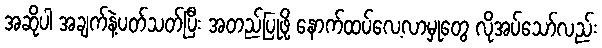
အဆိုပါ အချက်နဲ့ပတ်သတ်ပြီး အတည်ပြုဖို့ နောက်ထပ်လေ့လာမှုတွေ လိုအပ်သော်လည်း